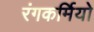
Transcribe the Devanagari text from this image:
रंगकर्मियो